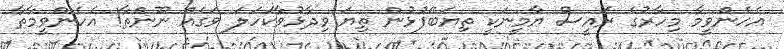
އެހެންވީމާ މިހާރުގެ ރައީސް ޔާމީނަކީ ތިޔަބޭފުޅުން ތިޔަ ވިދާޅުވާކަހަލަ ވަގެއް ނޫންތާ! އެހެންވީމާތާ